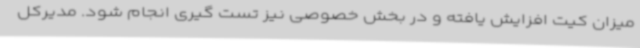
میزان کیت افزایش یافته و در بخش خصوصی نیز تست گیری انجام شود. مدیرکل